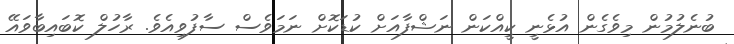
ބުނެލުމުން މިވެގެން އުޅެނީ ކީއްކަން ނަޝްފާއަށް ކުޑަކޮށް ނަމަވެސް ސާފުވިއެވެ. ރާހުލް ކޮބައިބާވައޭ